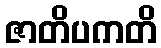
ဇာတိပကတိ